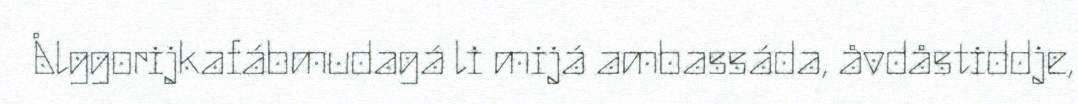
Ålggorijkafábmudagá li mijá ambassáda, åvdåstiddje,